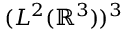
( L ^ { 2 } ( \mathbb { R } ^ { 3 } ) ) ^ { 3 }